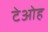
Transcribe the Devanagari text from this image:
टेओह